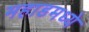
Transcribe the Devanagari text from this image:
महाडमध्ये